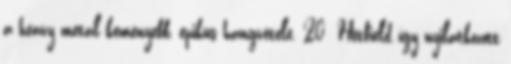
a heavy metal keményebb, epikus hangvétele. 20 Hetfield így nyilatkozott